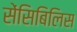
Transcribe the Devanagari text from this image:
सेंसिबिलिस